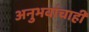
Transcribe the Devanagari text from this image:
अनुभवांचाही